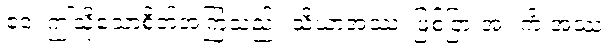
ဧဝံ၊ ဤသို့သောစိတ်အကြံသည်။ သိယာအဿ၊ ဖြစ်ငြားအံ့။ ကိံ အဿ၊